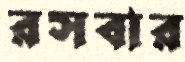
রসবার